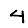
Digit: 4